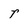
Character: r